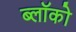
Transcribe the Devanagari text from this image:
ब्लॉको